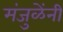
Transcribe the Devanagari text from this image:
मंजुळेंनी